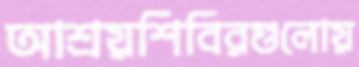
আশ্রয়শিবিরগুলোয়